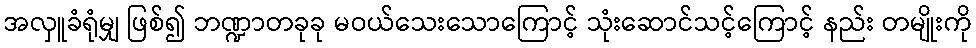
အလှူခံရုံမျှ ဖြစ်၍ ဘဏ္ဍာတခုခု မဝယ်သေးသောကြောင့် သုံးဆောင်သင့်ကြောင့် နည်း တမျိုးကို